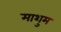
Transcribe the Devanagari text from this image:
माशुम